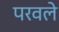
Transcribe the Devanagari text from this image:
परवले